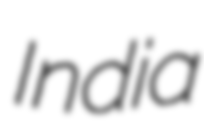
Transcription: India